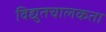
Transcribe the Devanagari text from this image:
विद्युतचालकता